画像に写った文字を読んでください
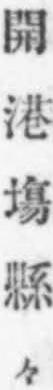
「開港塲縣々」と書いてあります